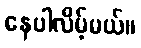
နေပါလိမ့်မယ်။